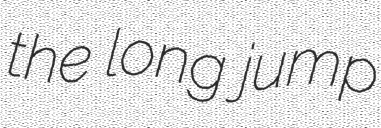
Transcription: the long jump